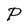
Character: P